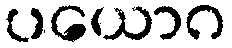
ပယောဂ